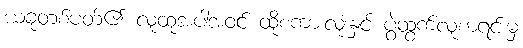
ယခုတစ်ပတ်၏ လူထုအပါအဝင် ထိုစကားလုံးနှင့် ပွဲထွက်လူစာရင်းမှ